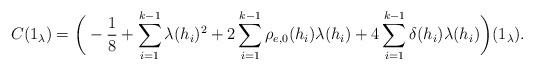
LaTeX: \begin{align*}C(1_{\lambda})=\bigg(-\frac{1}{8}+\sum_{i=1}^{k-1}\lambda(h_i)^2+2\sum_{i=1}^{k-1}\rho_{e,0}(h_i)\lambda(h_i)+4\sum\limits_{i=1}^{k-1}\delta(h_i)\lambda(h_i)\bigg)(1_{\lambda}).\end{align*}